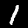
Digit: 1